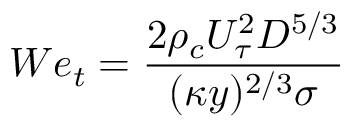
W e _ { t } = \frac { 2 \rho _ { c } U _ { \tau } ^ { 2 } D ^ { 5 / 3 } } { ( \kappa y ) ^ { 2 / 3 } \sigma }